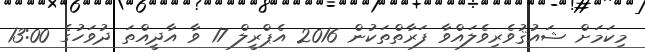
މިކަމަށް ޝައުޤުވެރިވެލައްވާ ފަރާތްތަކުން 2016 އެޕްރީލް 17 ވާ އާދީއްތަ ދުވަހުގެ 13:00